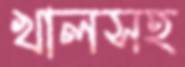
খালসহ